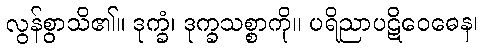
လွန်စွာသိ၏။ ဒုက္ခံ၊ ဒုက္ခသစ္စာကို။ ပရိညာပဋိဝေဓေန၊